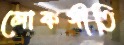
লোকগীতি